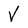
Character: V